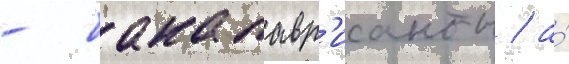
- бакалавр'ианты / а́